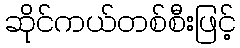
ဆိုင်ကယ်တစ်စီးဖြင့်